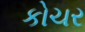
કોચર